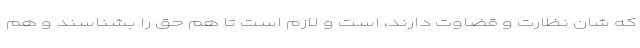
که شان نظارت و قضاوت دارند، است و لازم است تا هم حق را بشناسند و هم